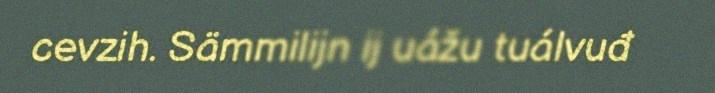
cevzih. Sämmilijn ij uážu tuálvuđ